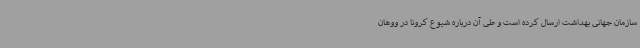
سازمان جهانی بهداشت ارسال کرده است و طی آن درباره شیوع کرونا در ووهان